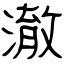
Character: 澈